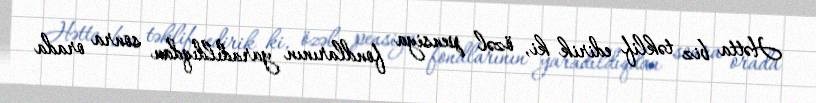
Hətta biz təklif edirik ki, özəl pensiya fondlarının yaradıldıqdan sonra orada